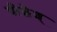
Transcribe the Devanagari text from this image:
पीछेश्